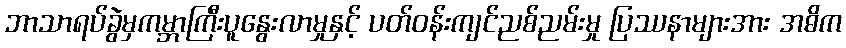
ဘာသာရပ်ခွဲမှကမ္ဘာကြီးပူနွေးလာမှုနှင့် ပတ်ဝန်းကျင်ညစ်ညမ်းမှု ပြဿနာများအား အဓိက